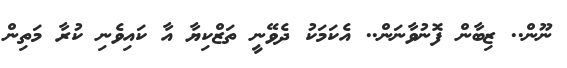
ނޫން.. ޒިބާން ފޮނުވާނަން.. އެކަމަކު ދެވޭނީ ތަޒްކިޔާ އާ ކައިވެނި ކުރާ މަތިން